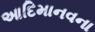
આદિમાનવના